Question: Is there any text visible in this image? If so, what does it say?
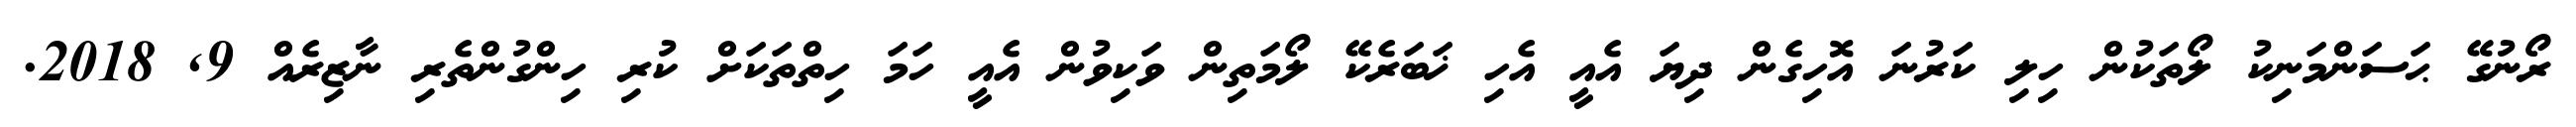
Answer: ރޯނުގޭ ޙަސަންމަނިކު ލޯތަކުން ހިލި ކަރުނަ އޮހިގެން ދިޔަ އެއީ އެހި ޚަބަރެކޭ ލޯމަތިން ވަކިވުން އެއީ ހަމަ ހިތްތަކަށް ކުރި ހިންގުންތެރި ނާޒިރެއް 9, 2018.